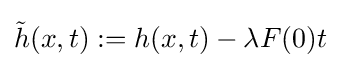
{\tilde {h}}(x,t):=h(x,t)-\lambda F(0)t